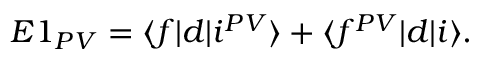
\begin{array} { r } { E 1 _ { P V } = \langle f | d | i ^ { P V } \rangle + \langle f ^ { P V } | d | i \rangle . } \end{array}